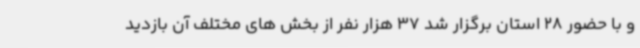
و با حضور 28 استان برگزار شد 37 هزار نفر از بخش های مختلف آن بازدید